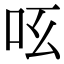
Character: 𠯝